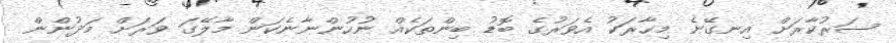
ސަރުކާރަށް އިނގޭނެ މިހާރަކު އެވަރުގެ ބޮޑު ބިންތަކެއް ނުހުންނާނެކަން މާލޭގަ ވަރަށް މަދުންން